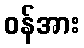
ဝန်အား